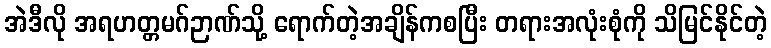
အဲဒီလို အရဟတ္တမဂ်ဉာဏ်သို့ ရောက်တဲ့အချိန်ကစပြီး တရားအလုံးစုံကို သိမြင်နိုင်တဲ့